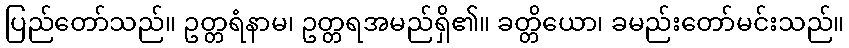
ပြည်တော်သည်။ ဥတ္တရံနာမ၊ ဥတ္တရအမည်ရှိ၏။ ခတ္တိယော၊ ခမည်းတော်မင်းသည်။